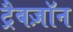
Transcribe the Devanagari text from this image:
ट्रैबज़ॉन